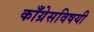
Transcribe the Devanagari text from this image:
काँग्रेसविषयी